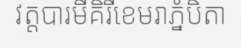
វត្តបារមីគិរីខេមរាភ្នំបិតា